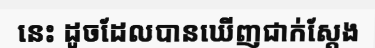
នេះ ដូចដែលបានឃើញជាក់ស្តែង